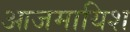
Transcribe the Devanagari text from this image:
आजमायिश